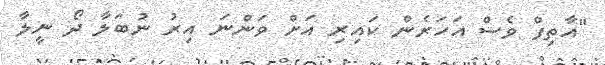
"އާތިފް ވެސް އަހަރެން ކައިރި އަށް ވަންނަ އިރު ނުބަލާ ދޯ ނީލާ